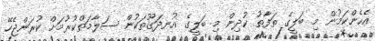
އެހެންކަމުން މި ބަލީގެ ތަފާތު ކުދިން މި ބަލީގެ އުނދަގޫތަކުން ސަލާމަތްކުރުމަށް ކުރަންޖެހޭ